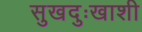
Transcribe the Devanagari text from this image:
सुखदुःखाशी